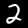
Label: 2